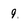
Character: 9